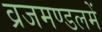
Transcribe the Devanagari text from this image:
व्रजमण्डलमें